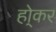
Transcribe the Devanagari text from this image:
हो्कर